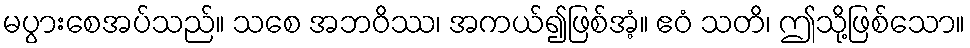
မပွားစေအပ်သည်။ သစေ အဘဝိဿ၊ အကယ်၍ဖြစ်အံ့။ ဧဝံ သတိ၊ ဤသို့ဖြစ်သော။